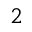
{ } ^ { 2 }